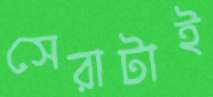
সেরাটাই